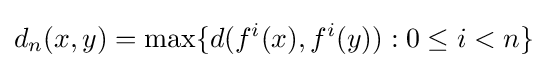
d_{n}(x,y)=\max\{d(f^{i}(x),f^{i}(y)):0\leq i<n\}